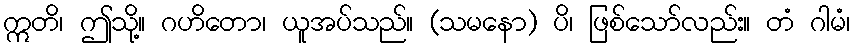
ဣတိ၊ ဤသို့။ ဂဟိတော၊ ယူအပ်သည်။ (သမနော) ပိ၊ ဖြစ်သော်လည်း။ တံ ဂါမံ၊